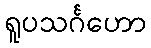
ရူပသင်္ဂဟော